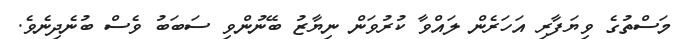
މަސްތުގެ ވިޔަފާރި އަހަރެން ލައްވާ ކުރުވަން ނިޔާޒު ބޭނުންވި ސަބަބު ވެސް ބުނެދިނެވެ.